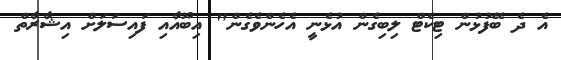
އެ ދެ ބޭފުޅުން ޓިކެޓް ލިބިގެން އުޅެނީ އެހެންވެގެން" އިބޫއާއި ފައިސަލަށް އިޝާރާތް